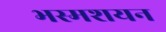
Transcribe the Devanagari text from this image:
भस्मशयन